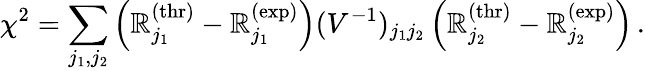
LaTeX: \chi^{2}=\sum_{j_{1},j_{2}}\left(\mathbb{R}_{j_{1}}^{\mathrm{{(thr)}}}-\mathbb{R}_{j_{1}}^{\mathrm{{(exp)}}}\right)(V^{-1})_{j_{1}j_{2}}\left(\mathbb{R}_{j_{2}}^{\mathrm{{(thr)}}}-\mathbb{R}_{j_{2}}^{\mathrm{{(exp)}}}\right)\, .